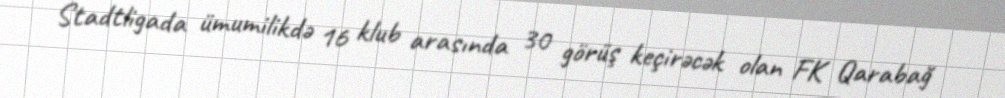
Stadtligada ümumilikdə 16 klub arasında 30 görüş keçirəcək olan FK Qarabağ